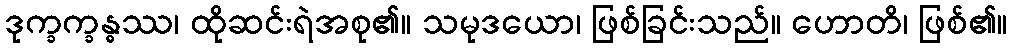
ဒုက္ခက္ခန္ဓဿ၊ ထိုဆင်းရဲအစု၏။ သမုဒယော၊ ဖြစ်ခြင်းသည်။ ဟောတိ၊ ဖြစ်၏။